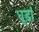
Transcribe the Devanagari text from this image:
धूड़ां